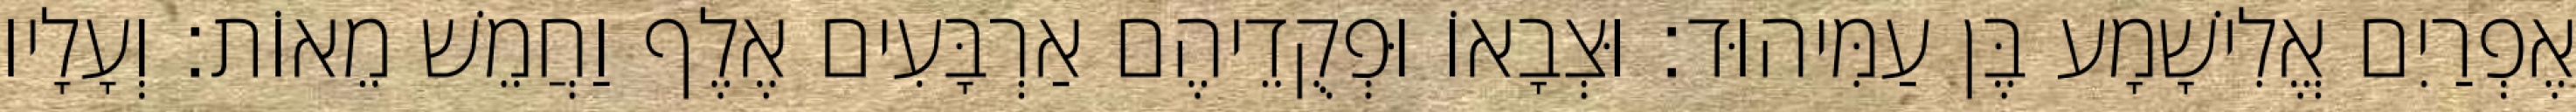
אֶפְרַיִם אֱלִישָׁמָע בֶּן עַמִּיהוּד׃ וּצְבָאוֹ וּפְקֻדֵיהֶם אַרְבָּעִים אֶלֶף וַחֲמֵשׁ מֵאוֹת׃ וְעָלָיו